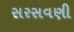
સરસવણી